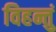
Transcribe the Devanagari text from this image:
विहन्तुं